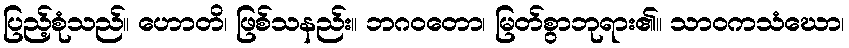
ပြည့်စုံသည်။ ဟောတိ၊ ဖြစ်သနည်း။ ဘဂဝတော၊ မြတ်စွာဘုရား၏။ သာဝကသံဃော၊